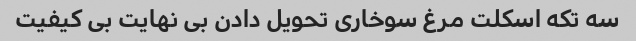
سه تکه اسکلت مرغ سوخاری تحویل دادن بی نهایت بی کیفیت